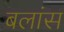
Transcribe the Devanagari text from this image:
बलांस